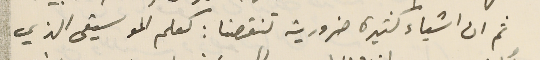
ثم ان اشياء كثيرة ضرورية تنقصنا : كعلم الموسيقى الذي